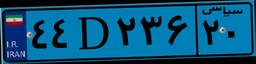
۴۴D۲۳۶۲۰